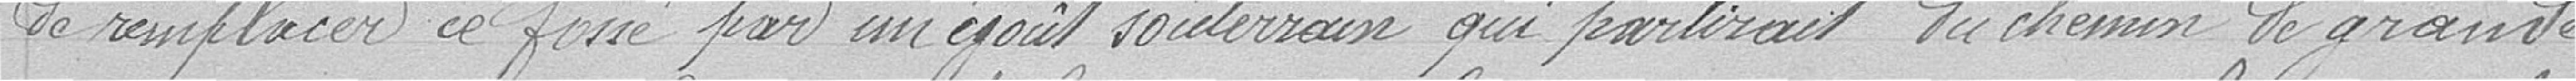
de remplacer ce fossé par un égout souterrain qui partirait du chemin de grande